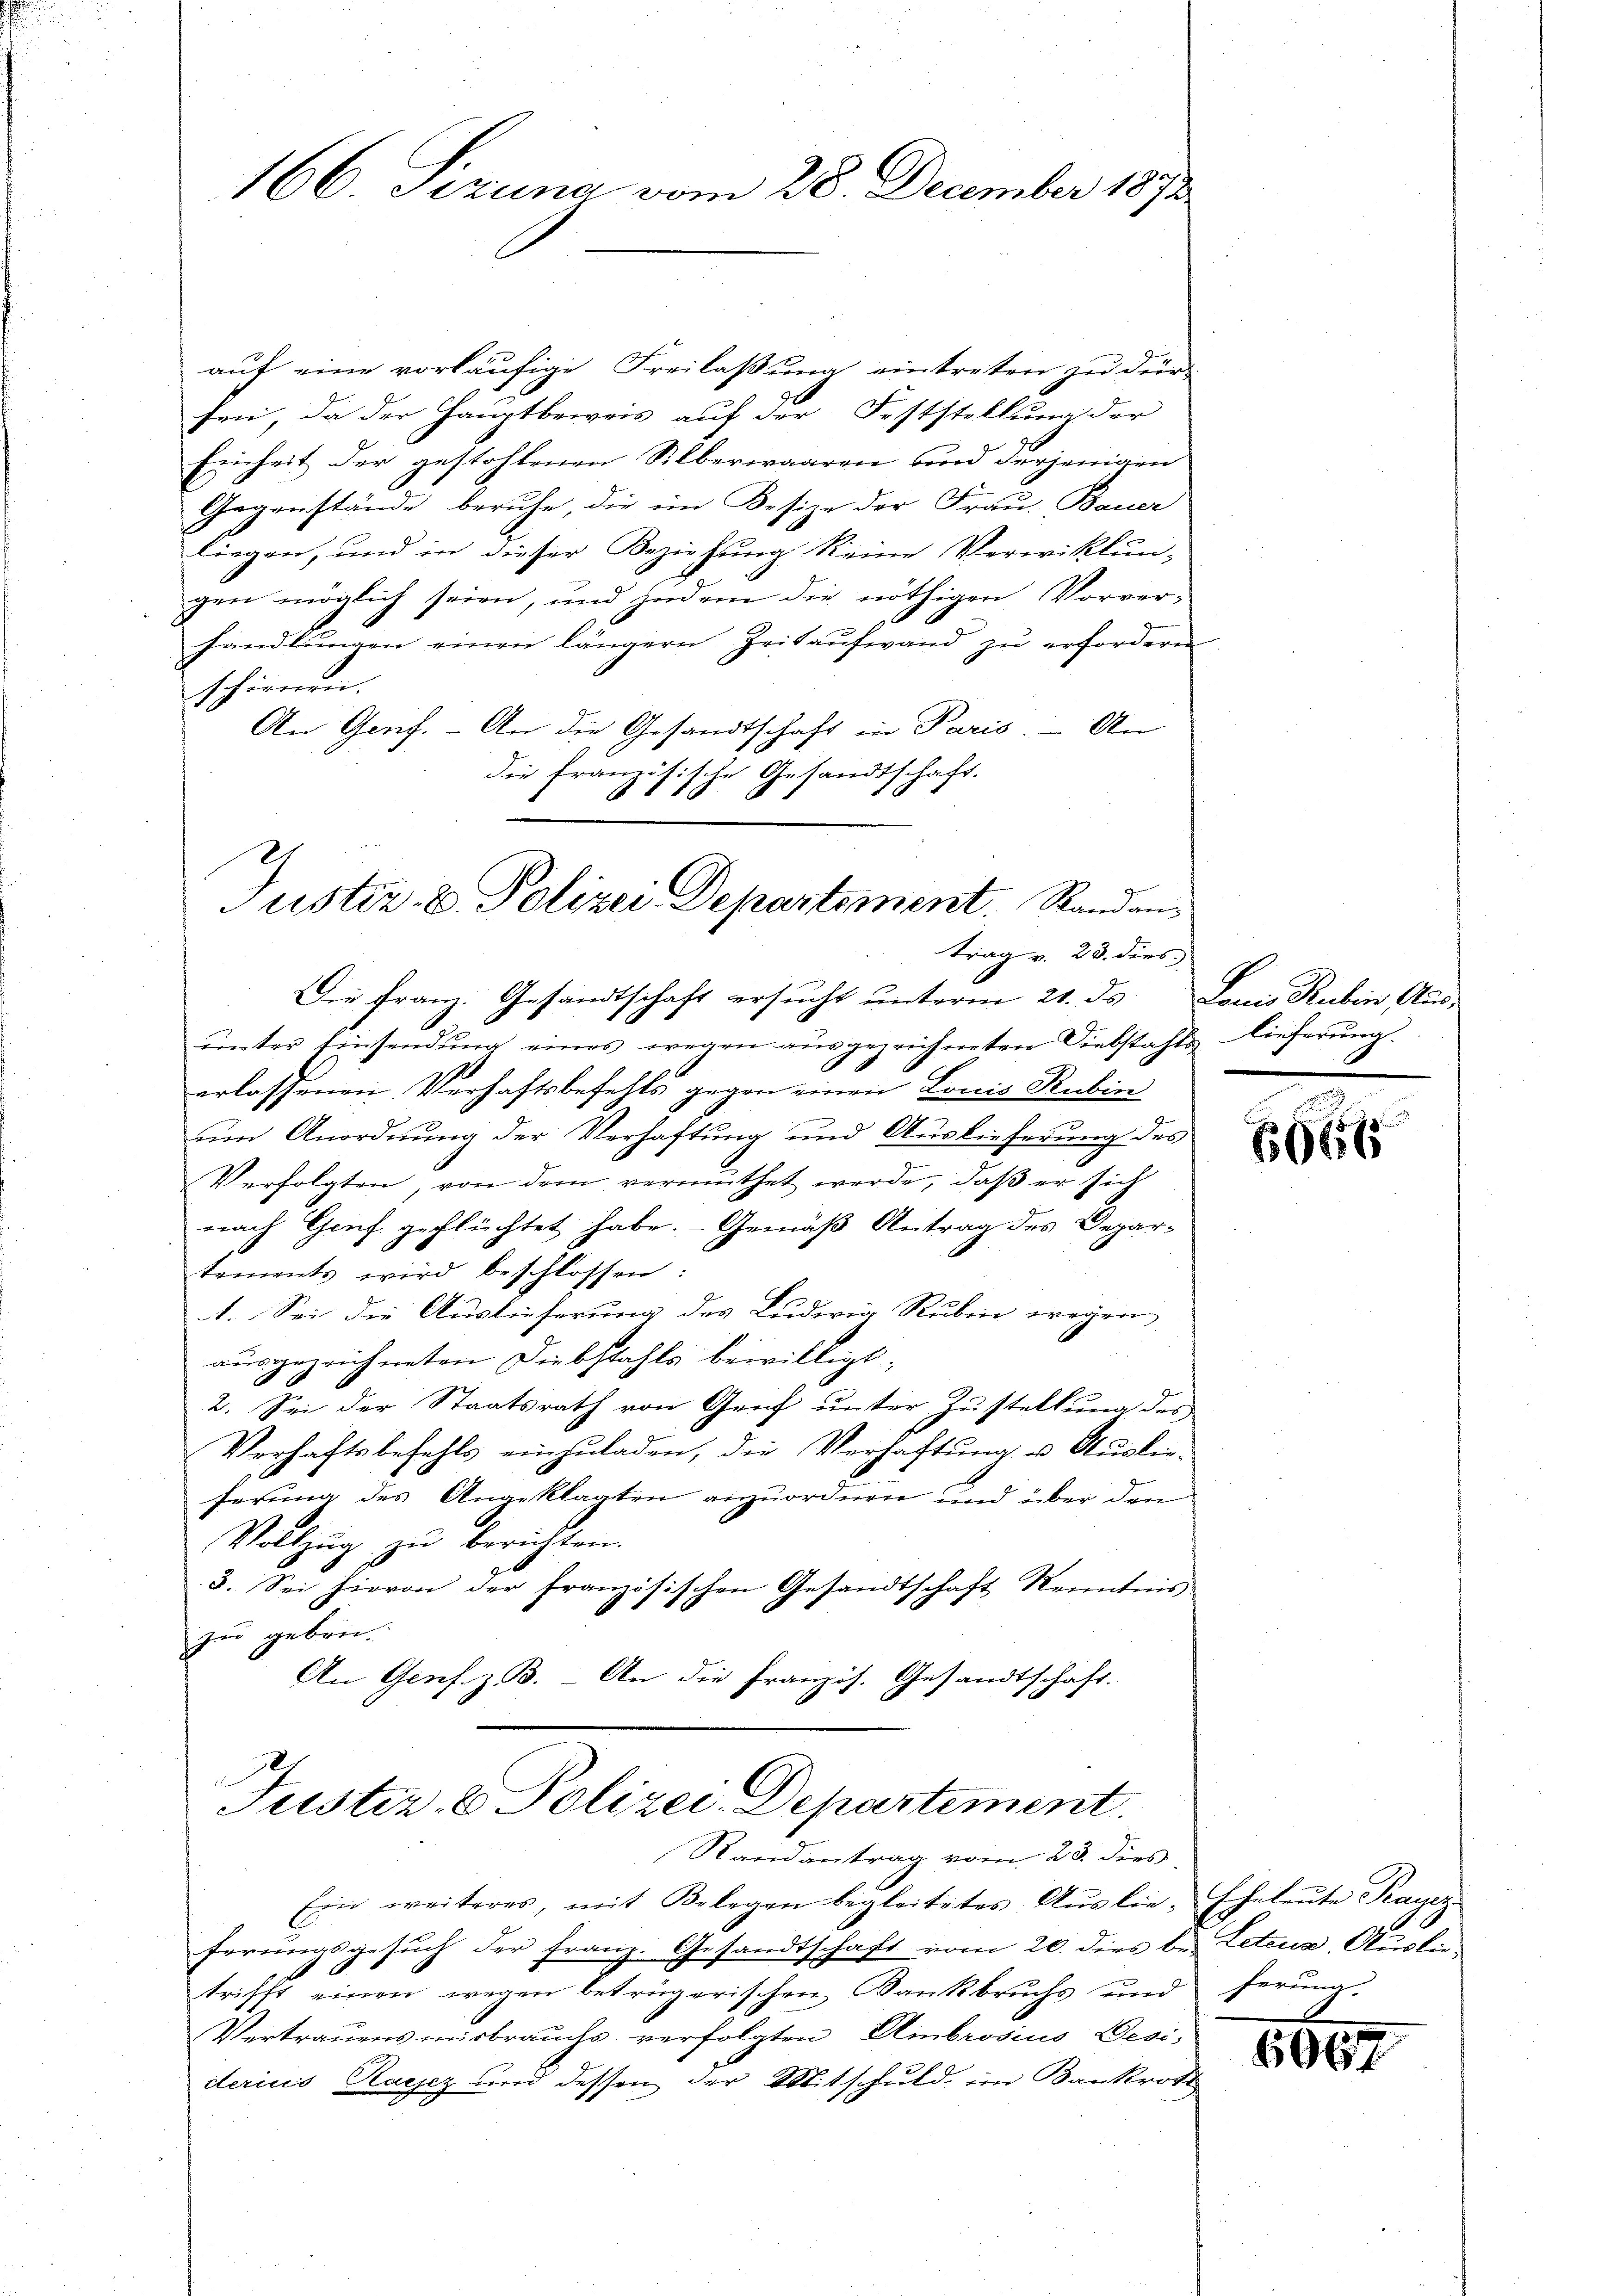
166. Sizung vom 28. December 1872

auf eine vorläufige Freilaßung eintreten zu der
sen, da der Hauptbeweis auf der Feststellung der
Einheit der gestohlenen Silberwaaren und derjenigen
Gegenstände beruhe, die im Besize der Frau Bauer
liegen, und in dieser Beziehung keine Verwicklun-
gen möglich seien, und jedem die nöthigen Vorver-
handlŭngen einen längern Zeitaufwand zŭ erfordern
schöneren.
An Genf. - An die Gesandtschaft in Paris. - An
die französische Gesandtschaft.

Justiz- & Polizei Departement. Standantrag v. 23. dies

Die Franz. Gesandtschaft ersucht unterm 21. ds Louis Rubin Aus-
ŭnter Einsendŭng eines wegen aŭsgezeichneten Diebstahls lieferŭng.
erlassenen Verhaftsbefehls gegen einen Louis Rubin
um Anordnung der Verhaftung und Auslieferung des
Verfolgten von dem vermuthet werde, daß er sich
nach Genf geflüchtet habe. Gemäß Antrag des Departements wird beschlossen:
1. Sei die Auslieferung des Ludwig Rubin wegen
ausgezeichneten Diebstahls bewilligt;
2. Sei der Staatsrath von Genf unter Zustellung des
Verhaftsbefehls einzuladen, die Verhaftung u. Auslieferung des Angeklagten anzuordnen und über den
Vollzug zu berichten.
d
3. Sei hievon der französischen Gesandtschaft Kenntnis
zu geben.
An Gens. z. B. An die französ. Gesandtschaft.
e

Justiz & Polizei Departement.
Randantrag vom 23. dies

Ein weiteres, mit Belegen begleitetes Aŭslie- Eheleŭte Kayer
ferungsgesŭch der Franz. Gesandtschaft vom 20. dies bei Leteur, Auslied
trifft einen wegen betrügerischen Bankbrŭchs und ferŭng.
Vertrauensmisbrauchs verfolgten Ambrosius Desi-
derius Ragez und dessen der Mitschuld im Bankrote

6661

1062